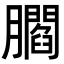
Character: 𦢨